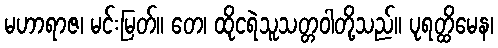
မဟာရာဇ၊ မင်းမြတ်။ တေ၊ ထိုငရဲသူသတ္တဝါတို့သည်။ ပုရတ္ထိမေန၊